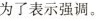
为了表示强调。